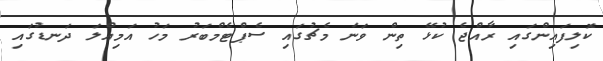
ކޮލިފައިންގައި ރާއްޖެ ކުޅޭ ތިން ވަނަ މެޗުގައި ސެޕްޓެމްބަރު މަހު އަމިއްލަ ދަނޑުގައި